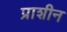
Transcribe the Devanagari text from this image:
प्राशीन